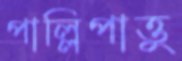
পাল্লিপাত্তু